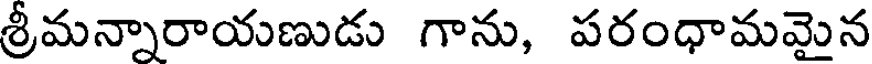
శ్రీమన్నారాయణుడు గాను, పరంధామమైన